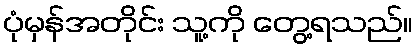
ပုံမှန်အတိုင်း သူ့ကို တွေ့ရသည်။